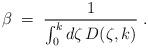
LaTeX: \begin{align*}\beta\;=\; {1\over \int_0^k d\zeta\,D(\zeta,k)}\;.\end{align*}